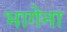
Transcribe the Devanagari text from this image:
भागेना